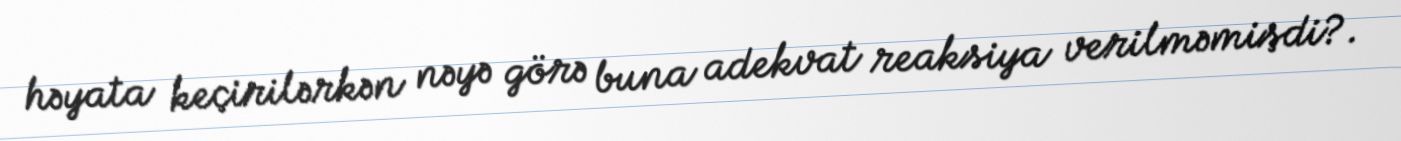
həyata keçirilərkən nəyə görə buna adekvat reaksiya verilməmişdi?.